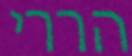
הררי